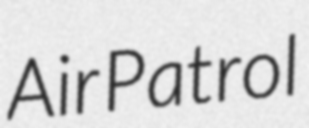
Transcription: Air Patrol